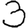
Digit: 3